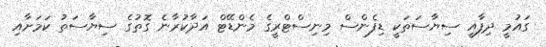
ގައުމީ ދިފާއީ ސިޔާސަތަކީ ޑިފެންސް މިނިސްޓްރީގެ މެންޑޭޓް އަދާކުރާނެ ގޮތުގެ ސިޔާސަތު ކަމަށާއި